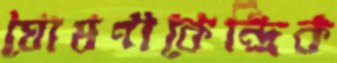
ঘোষণাকেন্দ্রিক